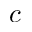
c